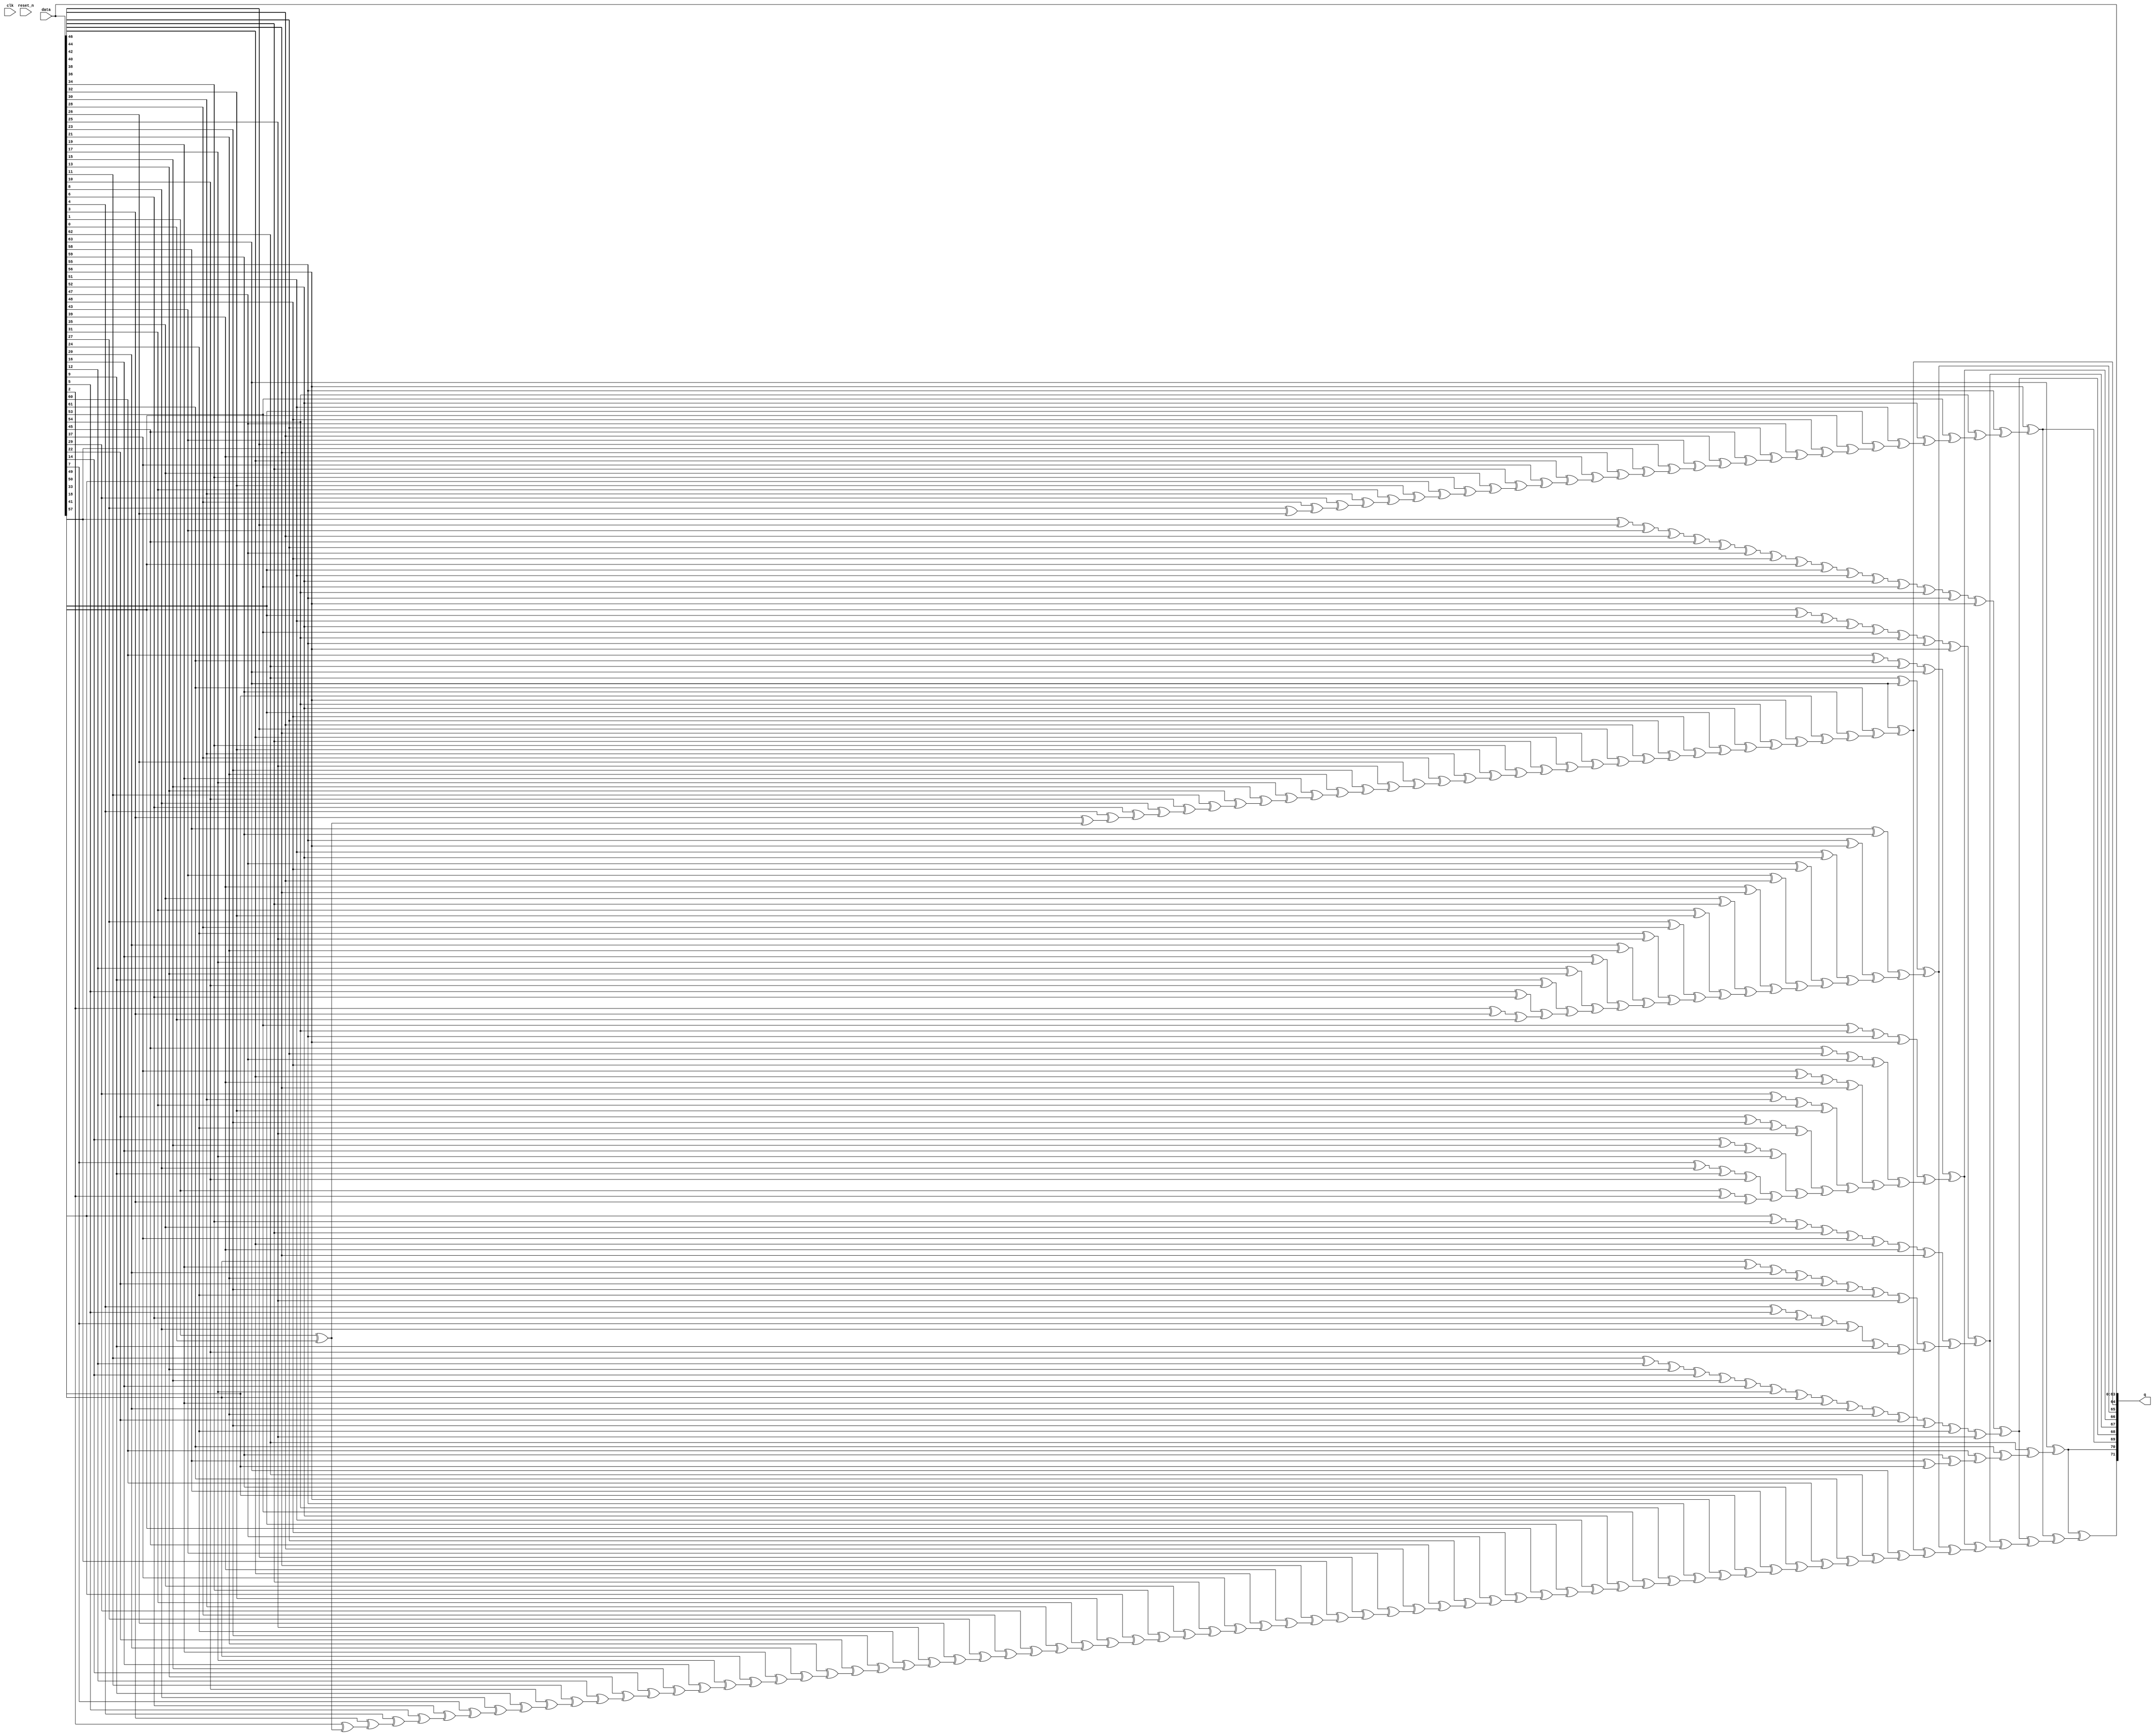
// (C) 2001-2012 Altera Corporation. All rights reserved.
// Your use of Altera Corporation's design tools, logic functions and other 
// software and tools, and its AMPP partner logic functions, and any output 
// files any of the foregoing (including device programming or simulation 
// files), and any associated documentation or information are expressly subject 
// to the terms and conditions of the Altera Program License Subscription 
// Agreement, Altera MegaCore Function License Agreement, or other applicable 
// license agreement, including, without limitation, that your use is for the 
// sole purpose of programming logic devices manufactured by Altera and sold by 
// Altera or its authorized distributors.  Please refer to the applicable 
// agreement for further details.


// megafunction wizard: %ALTECC%
// GENERATION: STANDARD
// VERSION: WM1.0
// MODULE: altecc_encoder 

// ============================================================
// Megafunction Name(s):
// 			altecc_encoder
//
// Simulation Library Files(s):
// 			
// ============================================================
// ************************************************************
// THIS IS A WIZARD-GENERATED FILE. DO NOT EDIT THIS FILE!
//
// 10.0 Build 262 08/18/2010 SP 1 SJ Full Version
// ************************************************************


//Copyright (C) 1991-2010 Altera Corporation
//Your use of Altera Corporation's design tools, logic functions 
//and other software and tools, and its AMPP partner logic 
//functions, and any output files from any of the foregoing 
//(including device programming or simulation files), and any 
//associated documentation or information are expressly subject 
//to the terms and conditions of the Altera Program License 
//Subscription Agreement, Altera MegaCore Function License 
//Agreement, or other applicable license agreement, including, 
//without limitation, that your use is for the sole purpose of 
//programming logic devices manufactured by Altera and sold by 
//Altera or its authorized distributors.  Please refer to the 
//applicable agreement for further details.


//altecc_encoder device_family="Stratix III" lpm_pipeline=0 width_codeword=72 width_dataword=64 data q
//VERSION_BEGIN 10.0SP1 cbx_altecc_encoder 2010:08:18:21:16:35:SJ cbx_mgl 2010:08:18:21:20:44:SJ  VERSION_END
// synthesis VERILOG_INPUT_VERSION VERILOG_2001
// altera message_off 10463


//synthesis_resources = 
//synopsys translate_off
`timescale 1 ps / 1 ps
//synopsys translate_on
module  alt_mem_ddrx_ecc_encoder_64_altecc_encoder #
    ( parameter
        CFG_ECC_ENC_REG = 0
    )
	(
        clk,
        reset_n,
	    data,
	    q
    ) /* synthesis synthesis_clearbox=1 */;
    input           clk;
    input           reset_n;
	input   [63:0]  data;
	output   [71:0]  q;

	wire  [63:0]  data_wire;
	wire  [34:0]  parity_01_wire;
	wire  [17:0]  parity_02_wire;
	wire  [8:0]   parity_03_wire;
	wire  [3:0]   parity_04_wire;
	wire  [1:0]   parity_05_wire;
	wire  [30:0]  parity_06_wire;
	wire  [6:0]   parity_07_wire;
    wire  [70:0]  parity_final;
	wire  [70:0]  parity_final_wire;
    reg   [70:0]  parity_final_reg;
	wire  [70:0]  q_wire;
    reg   [70:0]  q_reg;
    
	assign
		data_wire = data,
		parity_01_wire = {
                            (data_wire[63] ^ parity_01_wire[33]),
                            (data_wire[61] ^ parity_01_wire[32]),
                            (data_wire[59] ^ parity_01_wire[31]),
                            (data_wire[57] ^ parity_01_wire[30]),
                            (data_wire[56] ^ parity_01_wire[29]),
                            (data_wire[54] ^ parity_01_wire[28]),
                            (data_wire[52] ^ parity_01_wire[27]),
                            (data_wire[50] ^ parity_01_wire[26]),
                            (data_wire[48] ^ parity_01_wire[25]),
                            (data_wire[46] ^ parity_01_wire[24]),
                            (data_wire[44] ^ parity_01_wire[23]),
                            (data_wire[42] ^ parity_01_wire[22]),
                            (data_wire[40] ^ parity_01_wire[21]),
                            (data_wire[38] ^ parity_01_wire[20]),
                            (data_wire[36] ^ parity_01_wire[19]),
                            (data_wire[34] ^ parity_01_wire[18]),
                            (data_wire[32] ^ parity_01_wire[17]),
                            (data_wire[30] ^ parity_01_wire[16]),
                            (data_wire[28] ^ parity_01_wire[15]),
                            (data_wire[26] ^ parity_01_wire[14]),
                            (data_wire[25] ^ parity_01_wire[13]),
                            (data_wire[23] ^ parity_01_wire[12]),
                            (data_wire[21] ^ parity_01_wire[11]),
                            (data_wire[19] ^ parity_01_wire[10]),
                            (data_wire[17] ^ parity_01_wire[9]),
                            (data_wire[15] ^ parity_01_wire[8]),
                            (data_wire[13] ^ parity_01_wire[7]),
                            (data_wire[11] ^ parity_01_wire[6]),
                            (data_wire[10] ^ parity_01_wire[5]),
                            (data_wire[8] ^ parity_01_wire[4]),
                            (data_wire[6] ^ parity_01_wire[3]),
                            (data_wire[4] ^ parity_01_wire[2]),
                            (data_wire[3] ^ parity_01_wire[1]),
                            (data_wire[1] ^ parity_01_wire[0]),
                            data_wire[0]
                         },
		parity_02_wire = {
                            ((data_wire[62] ^ data_wire[63]) ^ parity_02_wire[16]),
                            ((data_wire[58] ^ data_wire[59]) ^ parity_02_wire[15]),
                            ((data_wire[55] ^ data_wire[56]) ^ parity_02_wire[14]),
                            ((data_wire[51] ^ data_wire[52]) ^ parity_02_wire[13]),
                            ((data_wire[47] ^ data_wire[48]) ^ parity_02_wire[12]),
                            ((data_wire[43] ^ data_wire[44]) ^ parity_02_wire[11]),
                            ((data_wire[39] ^ data_wire[40]) ^ parity_02_wire[10]),
                            ((data_wire[35] ^ data_wire[36]) ^ parity_02_wire[9]),
                            ((data_wire[31] ^ data_wire[32]) ^ parity_02_wire[8]),
                            ((data_wire[27] ^ data_wire[28]) ^ parity_02_wire[7]),
                            ((data_wire[24] ^ data_wire[25]) ^ parity_02_wire[6]),
                            ((data_wire[20] ^ data_wire[21]) ^ parity_02_wire[5]),
                            ((data_wire[16] ^ data_wire[17]) ^ parity_02_wire[4]),
                            ((data_wire[12] ^ data_wire[13]) ^ parity_02_wire[3]),
                            ((data_wire[9] ^ data_wire[10]) ^ parity_02_wire[2]),
                            ((data_wire[5] ^ data_wire[6]) ^ parity_02_wire[1]),
                            ((data_wire[2] ^ data_wire[3]) ^ parity_02_wire[0]),
                            data_wire[0]
                         },
		parity_03_wire = {
                            ((((data_wire[60] ^ data_wire[61]) ^ data_wire[62]) ^ data_wire[63]) ^ parity_03_wire[7]),
                            ((((data_wire[53] ^ data_wire[54]) ^ data_wire[55]) ^ data_wire[56]) ^ parity_03_wire[6]),
                            ((((data_wire[45] ^ data_wire[46]) ^ data_wire[47]) ^ data_wire[48]) ^ parity_03_wire[5]),
                            ((((data_wire[37] ^ data_wire[38]) ^ data_wire[39]) ^ data_wire[40]) ^ parity_03_wire[4]),
                            ((((data_wire[29] ^ data_wire[30]) ^ data_wire[31]) ^ data_wire[32]) ^ parity_03_wire[3]),
                            ((((data_wire[22] ^ data_wire[23]) ^ data_wire[24]) ^ data_wire[25]) ^ parity_03_wire[2]),
                            ((((data_wire[14] ^ data_wire[15]) ^ data_wire[16]) ^ data_wire[17]) ^ parity_03_wire[1]),
                            ((((data_wire[7] ^ data_wire[8]) ^ data_wire[9]) ^ data_wire[10]) ^ parity_03_wire[0]),
                            ((data_wire[1] ^ data_wire[2]) ^ data_wire[3])
                         },
		parity_04_wire = {
                            ((((((((data_wire[49] ^ data_wire[50]) ^ data_wire[51]) ^ data_wire[52]) ^ data_wire[53]) ^ data_wire[54]) ^ data_wire[55]) ^ data_wire[56]) ^ parity_04_wire[2]),
                            ((((((((data_wire[33] ^ data_wire[34]) ^ data_wire[35]) ^ data_wire[36]) ^ data_wire[37]) ^ data_wire[38]) ^ data_wire[39]) ^ data_wire[40]) ^ parity_04_wire[1]),
                            ((((((((data_wire[18] ^ data_wire[19]) ^ data_wire[20]) ^ data_wire[21]) ^ data_wire[22]) ^ data_wire[23]) ^ data_wire[24]) ^ data_wire[25]) ^ parity_04_wire[0]),
                            ((((((data_wire[4] ^ data_wire[5]) ^ data_wire[6]) ^ data_wire[7]) ^ data_wire[8]) ^ data_wire[9]) ^ data_wire[10])
                         },
		parity_05_wire = {
                            ((((((((((((((((data_wire[41] ^ data_wire[42]) ^ data_wire[43]) ^ data_wire[44]) ^ data_wire[45]) ^ data_wire[46]) ^ data_wire[47]) ^ data_wire[48]) ^ data_wire[49]) ^ data_wire[50]) ^ data_wire[51]) ^ data_wire[52]) ^ data_wire[53]) ^ data_wire[54]) ^ data_wire[55]) ^ data_wire[56]) ^ parity_05_wire[0]),
                            ((((((((((((((data_wire[11] ^ data_wire[12]) ^ data_wire[13]) ^ data_wire[14]) ^ data_wire[15]) ^ data_wire[16]) ^ data_wire[17]) ^ data_wire[18]) ^ data_wire[19]) ^ data_wire[20]) ^ data_wire[21]) ^ data_wire[22]) ^ data_wire[23]) ^ data_wire[24]) ^ data_wire[25])
                         },
		parity_06_wire = {
                            (data_wire[56] ^ parity_06_wire[29]),
                            (data_wire[55] ^ parity_06_wire[28]),
                            (data_wire[54] ^ parity_06_wire[27]),
                            (data_wire[53] ^ parity_06_wire[26]),
                            (data_wire[52] ^ parity_06_wire[25]),
                            (data_wire[51] ^ parity_06_wire[24]),
                            (data_wire[50] ^ parity_06_wire[23]),
                            (data_wire[49] ^ parity_06_wire[22]),
                            (data_wire[48] ^ parity_06_wire[21]),
                            (data_wire[47] ^ parity_06_wire[20]),
                            (data_wire[46] ^ parity_06_wire[19]),
                            (data_wire[45] ^ parity_06_wire[18]),
                            (data_wire[44] ^ parity_06_wire[17]),
                            (data_wire[43] ^ parity_06_wire[16]),
                            (data_wire[42] ^ parity_06_wire[15]),
                            (data_wire[41] ^ parity_06_wire[14]),
                            (data_wire[40] ^ parity_06_wire[13]),
                            (data_wire[39] ^ parity_06_wire[12]),
                            (data_wire[38] ^ parity_06_wire[11]),
                            (data_wire[37] ^ parity_06_wire[10]),
                            (data_wire[36] ^ parity_06_wire[9]),
                            (data_wire[35] ^ parity_06_wire[8]),
                            (data_wire[34] ^ parity_06_wire[7]),
                            (data_wire[33] ^ parity_06_wire[6]),
                            (data_wire[32] ^ parity_06_wire[5]),
                            (data_wire[31] ^ parity_06_wire[4]),
                            (data_wire[30] ^ parity_06_wire[3]),
                            (data_wire[29] ^ parity_06_wire[2]),
                            (data_wire[28] ^ parity_06_wire[1]),
                            (data_wire[27] ^ parity_06_wire[0]),
                            data_wire[26]
                         },
		parity_07_wire = {
                            (data_wire[63] ^ parity_07_wire[5]),
                            (data_wire[62] ^ parity_07_wire[4]),
                            (data_wire[61] ^ parity_07_wire[3]),
                            (data_wire[60] ^ parity_07_wire[2]),
                            (data_wire[59] ^ parity_07_wire[1]),
                            (data_wire[58] ^ parity_07_wire[0]),
                            data_wire[57]
                         },
		parity_final_wire = {
                                (q_wire[70] ^ parity_final_wire[69]),
                                (q_wire[69] ^ parity_final_wire[68]),
                                (q_wire[68] ^ parity_final_wire[67]),
                                (q_wire[67] ^ parity_final_wire[66]),
                                (q_wire[66] ^ parity_final_wire[65]),
                                (q_wire[65] ^ parity_final_wire[64]),
                                (q_wire[64] ^ parity_final_wire[63]),
                                (q_wire[63] ^ parity_final_wire[62]),
                                (q_wire[62] ^ parity_final_wire[61]),
                                (q_wire[61] ^ parity_final_wire[60]),
                                (q_wire[60] ^ parity_final_wire[59]),
                                (q_wire[59] ^ parity_final_wire[58]),
                                (q_wire[58] ^ parity_final_wire[57]),
                                (q_wire[57] ^ parity_final_wire[56]),
                                (q_wire[56] ^ parity_final_wire[55]),
                                (q_wire[55] ^ parity_final_wire[54]),
                                (q_wire[54] ^ parity_final_wire[53]),
                                (q_wire[53] ^ parity_final_wire[52]),
                                (q_wire[52] ^ parity_final_wire[51]),
                                (q_wire[51] ^ parity_final_wire[50]),
                                (q_wire[50] ^ parity_final_wire[49]),
                                (q_wire[49] ^ parity_final_wire[48]),
                                (q_wire[48] ^ parity_final_wire[47]),
                                (q_wire[47] ^ parity_final_wire[46]),
                                (q_wire[46] ^ parity_final_wire[45]),
                                (q_wire[45] ^ parity_final_wire[44]),
                                (q_wire[44] ^ parity_final_wire[43]),
                                (q_wire[43] ^ parity_final_wire[42]),
                                (q_wire[42] ^ parity_final_wire[41]),
                                (q_wire[41] ^ parity_final_wire[40]),
                                (q_wire[40] ^ parity_final_wire[39]),
                                (q_wire[39] ^ parity_final_wire[38]),
                                (q_wire[38] ^ parity_final_wire[37]),
                                (q_wire[37] ^ parity_final_wire[36]),
                                (q_wire[36] ^ parity_final_wire[35]),
                                (q_wire[35] ^ parity_final_wire[34]),
                                (q_wire[34] ^ parity_final_wire[33]),
                                (q_wire[33] ^ parity_final_wire[32]),
                                (q_wire[32] ^ parity_final_wire[31]),
                                (q_wire[31] ^ parity_final_wire[30]),
                                (q_wire[30] ^ parity_final_wire[29]),
                                (q_wire[29] ^ parity_final_wire[28]),
                                (q_wire[28] ^ parity_final_wire[27]),
                                (q_wire[27] ^ parity_final_wire[26]),
                                (q_wire[26] ^ parity_final_wire[25]),
                                (q_wire[25] ^ parity_final_wire[24]),
                                (q_wire[24] ^ parity_final_wire[23]),
                                (q_wire[23] ^ parity_final_wire[22]),
                                (q_wire[22] ^ parity_final_wire[21]),
                                (q_wire[21] ^ parity_final_wire[20]),
                                (q_wire[20] ^ parity_final_wire[19]),
                                (q_wire[19] ^ parity_final_wire[18]),
                                (q_wire[18] ^ parity_final_wire[17]),
                                (q_wire[17] ^ parity_final_wire[16]),
                                (q_wire[16] ^ parity_final_wire[15]),
                                (q_wire[15] ^ parity_final_wire[14]),
                                (q_wire[14] ^ parity_final_wire[13]),
                                (q_wire[13] ^ parity_final_wire[12]),
                                (q_wire[12] ^ parity_final_wire[11]),
                                (q_wire[11] ^ parity_final_wire[10]),
                                (q_wire[10] ^ parity_final_wire[9]),
                                (q_wire[9]  ^ parity_final_wire[8]),
                                (q_wire[8]  ^ parity_final_wire[7]),
                                (q_wire[7]  ^ parity_final_wire[6]),
                                (q_wire[6]  ^ parity_final_wire[5]),
                                (q_wire[5]  ^ parity_final_wire[4]),
                                (q_wire[4]  ^ parity_final_wire[3]),
                                (q_wire[3]  ^ parity_final_wire[2]),
                                (q_wire[2]  ^ parity_final_wire[1]),
                                (q_wire[1]  ^ parity_final_wire[0]),
                                 q_wire[0]
                            },
        parity_final = {
                            (q_reg[70] ^ parity_final[69]),
                            (q_reg[69] ^ parity_final[68]),
                            (q_reg[68] ^ parity_final[67]),
                            (q_reg[67] ^ parity_final[66]),
                            (q_reg[66] ^ parity_final[65]),
                            (q_reg[65] ^ parity_final[64]),
                            parity_final_reg [64 : 0]
                       },
		q = {parity_final[70], q_reg},
		q_wire = {parity_07_wire[6], parity_06_wire[30], parity_05_wire[1], parity_04_wire[3], parity_03_wire[8], parity_02_wire[17], parity_01_wire[34], data_wire};
        
        generate
            if (CFG_ECC_ENC_REG)
            begin
                always @ (posedge clk or negedge reset_n)
                begin
                    if (!reset_n)
                    begin
                        q_reg            <= 0;
                        parity_final_reg <= 0;
                    end
                    else
                    begin
                        q_reg            <= q_wire;
                        parity_final_reg <= parity_final_wire;
                    end
                end
            end
            else
            begin
                always @ (*)
                begin
                    q_reg            = q_wire;
                    parity_final_reg = parity_final_wire;
                end
            end
        endgenerate
endmodule //alt_mem_ddrx_ecc_encoder_64_altecc_encoder
//VALID FILE


// synopsys translate_off
`timescale 1 ps / 1 ps
// synopsys translate_on
module alt_mem_ddrx_ecc_encoder_64 #
    ( parameter
        CFG_ECC_ENC_REG = 0
    )
    (
        clk,
        reset_n,
	    data,
	    q
    )/* synthesis synthesis_clearbox = 1 */;

    input           clk;
    input           reset_n;
	input	[63:0]  data;
	output	[71:0]  q;

	wire [71:0] sub_wire0;
	wire [71:0] q = sub_wire0[71:0];

	alt_mem_ddrx_ecc_encoder_64_altecc_encoder #
        (
            .CFG_ECC_ENC_REG (CFG_ECC_ENC_REG)
        )
    alt_mem_ddrx_ecc_encoder_64_altecc_encoder_component
        (
            .clk (clk),
            .reset_n (reset_n),
		    .data (data),
		    .q (sub_wire0)
        );

endmodule

// ============================================================
// CNX file retrieval info
// ============================================================
// Retrieval info: PRIVATE: INTENDED_DEVICE_FAMILY STRING "Stratix III"
// Retrieval info: PRIVATE: SYNTH_WRAPPER_GEN_POSTFIX STRING "1"
// Retrieval info: LIBRARY: altera_mf altera_mf.altera_mf_components.all
// Retrieval info: CONSTANT: INTENDED_DEVICE_FAMILY STRING "Stratix III"
// Retrieval info: CONSTANT: lpm_pipeline NUMERIC "0"
// Retrieval info: CONSTANT: width_codeword NUMERIC "72"
// Retrieval info: CONSTANT: width_dataword NUMERIC "64"
// Retrieval info: USED_PORT: data 0 0 64 0 INPUT NODEFVAL "data[63..0]"
// Retrieval info: USED_PORT: q 0 0 72 0 OUTPUT NODEFVAL "q[71..0]"
// Retrieval info: CONNECT: @data 0 0 64 0 data 0 0 64 0
// Retrieval info: CONNECT: q 0 0 72 0 @q 0 0 72 0
// Retrieval info: GEN_FILE: TYPE_NORMAL alt_mem_ddrx_ecc_encoder.v FALSE
// Retrieval info: GEN_FILE: TYPE_NORMAL alt_mem_ddrx_ecc_encoder.inc FALSE
// Retrieval info: GEN_FILE: TYPE_NORMAL alt_mem_ddrx_ecc_encoder.cmp FALSE
// Retrieval info: GEN_FILE: TYPE_NORMAL alt_mem_ddrx_ecc_encoder.bsf FALSE
// Retrieval info: GEN_FILE: TYPE_NORMAL alt_mem_ddrx_ecc_encoder_inst.v FALSE
// Retrieval info: GEN_FILE: TYPE_NORMAL alt_mem_ddrx_ecc_encoder_bb.v FALSE
// Retrieval info: GEN_FILE: TYPE_NORMAL alt_mem_ddrx_ecc_encoder_32.v FALSE
// Retrieval info: GEN_FILE: TYPE_NORMAL alt_mem_ddrx_ecc_encoder_32.inc FALSE
// Retrieval info: GEN_FILE: TYPE_NORMAL alt_mem_ddrx_ecc_encoder_32.cmp FALSE
// Retrieval info: GEN_FILE: TYPE_NORMAL alt_mem_ddrx_ecc_encoder_32.bsf FALSE
// Retrieval info: GEN_FILE: TYPE_NORMAL alt_mem_ddrx_ecc_encoder_32_inst.v FALSE
// Retrieval info: GEN_FILE: TYPE_NORMAL alt_mem_ddrx_ecc_encoder_32_bb.v FALSE
// Retrieval info: GEN_FILE: TYPE_NORMAL alt_mem_ddrx_ecc_encoder_32_syn.v FALSE
// Retrieval info: GEN_FILE: TYPE_NORMAL alt_mem_ddrx_ecc_encoder_64.v TRUE
// Retrieval info: GEN_FILE: TYPE_NORMAL alt_mem_ddrx_ecc_encoder_64.inc FALSE
// Retrieval info: GEN_FILE: TYPE_NORMAL alt_mem_ddrx_ecc_encoder_64.cmp FALSE
// Retrieval info: GEN_FILE: TYPE_NORMAL alt_mem_ddrx_ecc_encoder_64.bsf FALSE
// Retrieval info: GEN_FILE: TYPE_NORMAL alt_mem_ddrx_ecc_encoder_64_inst.v FALSE
// Retrieval info: GEN_FILE: TYPE_NORMAL alt_mem_ddrx_ecc_encoder_64_bb.v FALSE
// Retrieval info: GEN_FILE: TYPE_NORMAL alt_mem_ddrx_ecc_encoder_64_syn.v TRUE